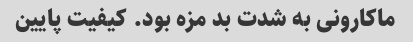
ماکارونی به شدت بد مزه بود. کیفیت پایین